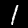
Digit: 1